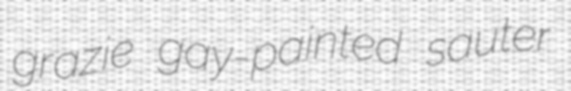
grazie gay-painted sauter